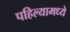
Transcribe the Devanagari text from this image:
पहिल्यामध्ये